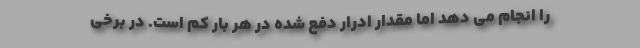
را انجام می دهد اما مقدار ادرار دفع شده در هر بار کم است. در برخی